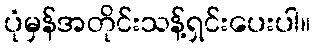
ပုံမှန်အတိုင်းသန့်ရှင်းပေးပါ။